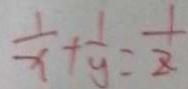
\frac { 1 } { x } + \frac { 1 } { y } = \frac { 1 } { 2 }